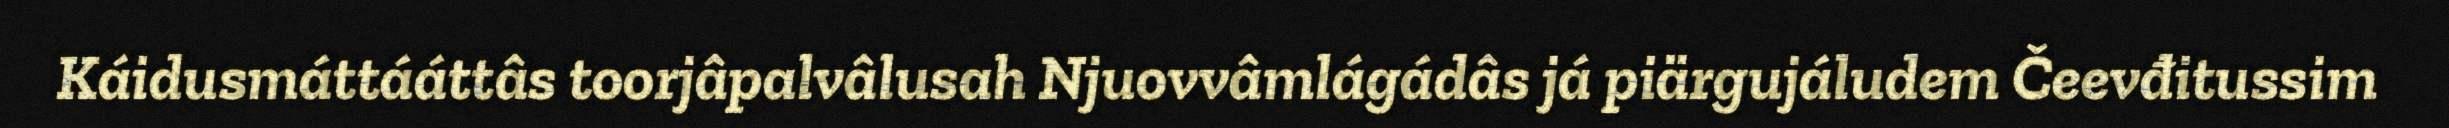
Káidusmáttááttâs toorjâpalvâlusah Njuovvâmlágádâs já piärgujáludem Čeevđitussim